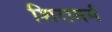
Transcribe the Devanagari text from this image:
शिरामर्म